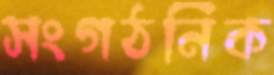
সংগঠনিক